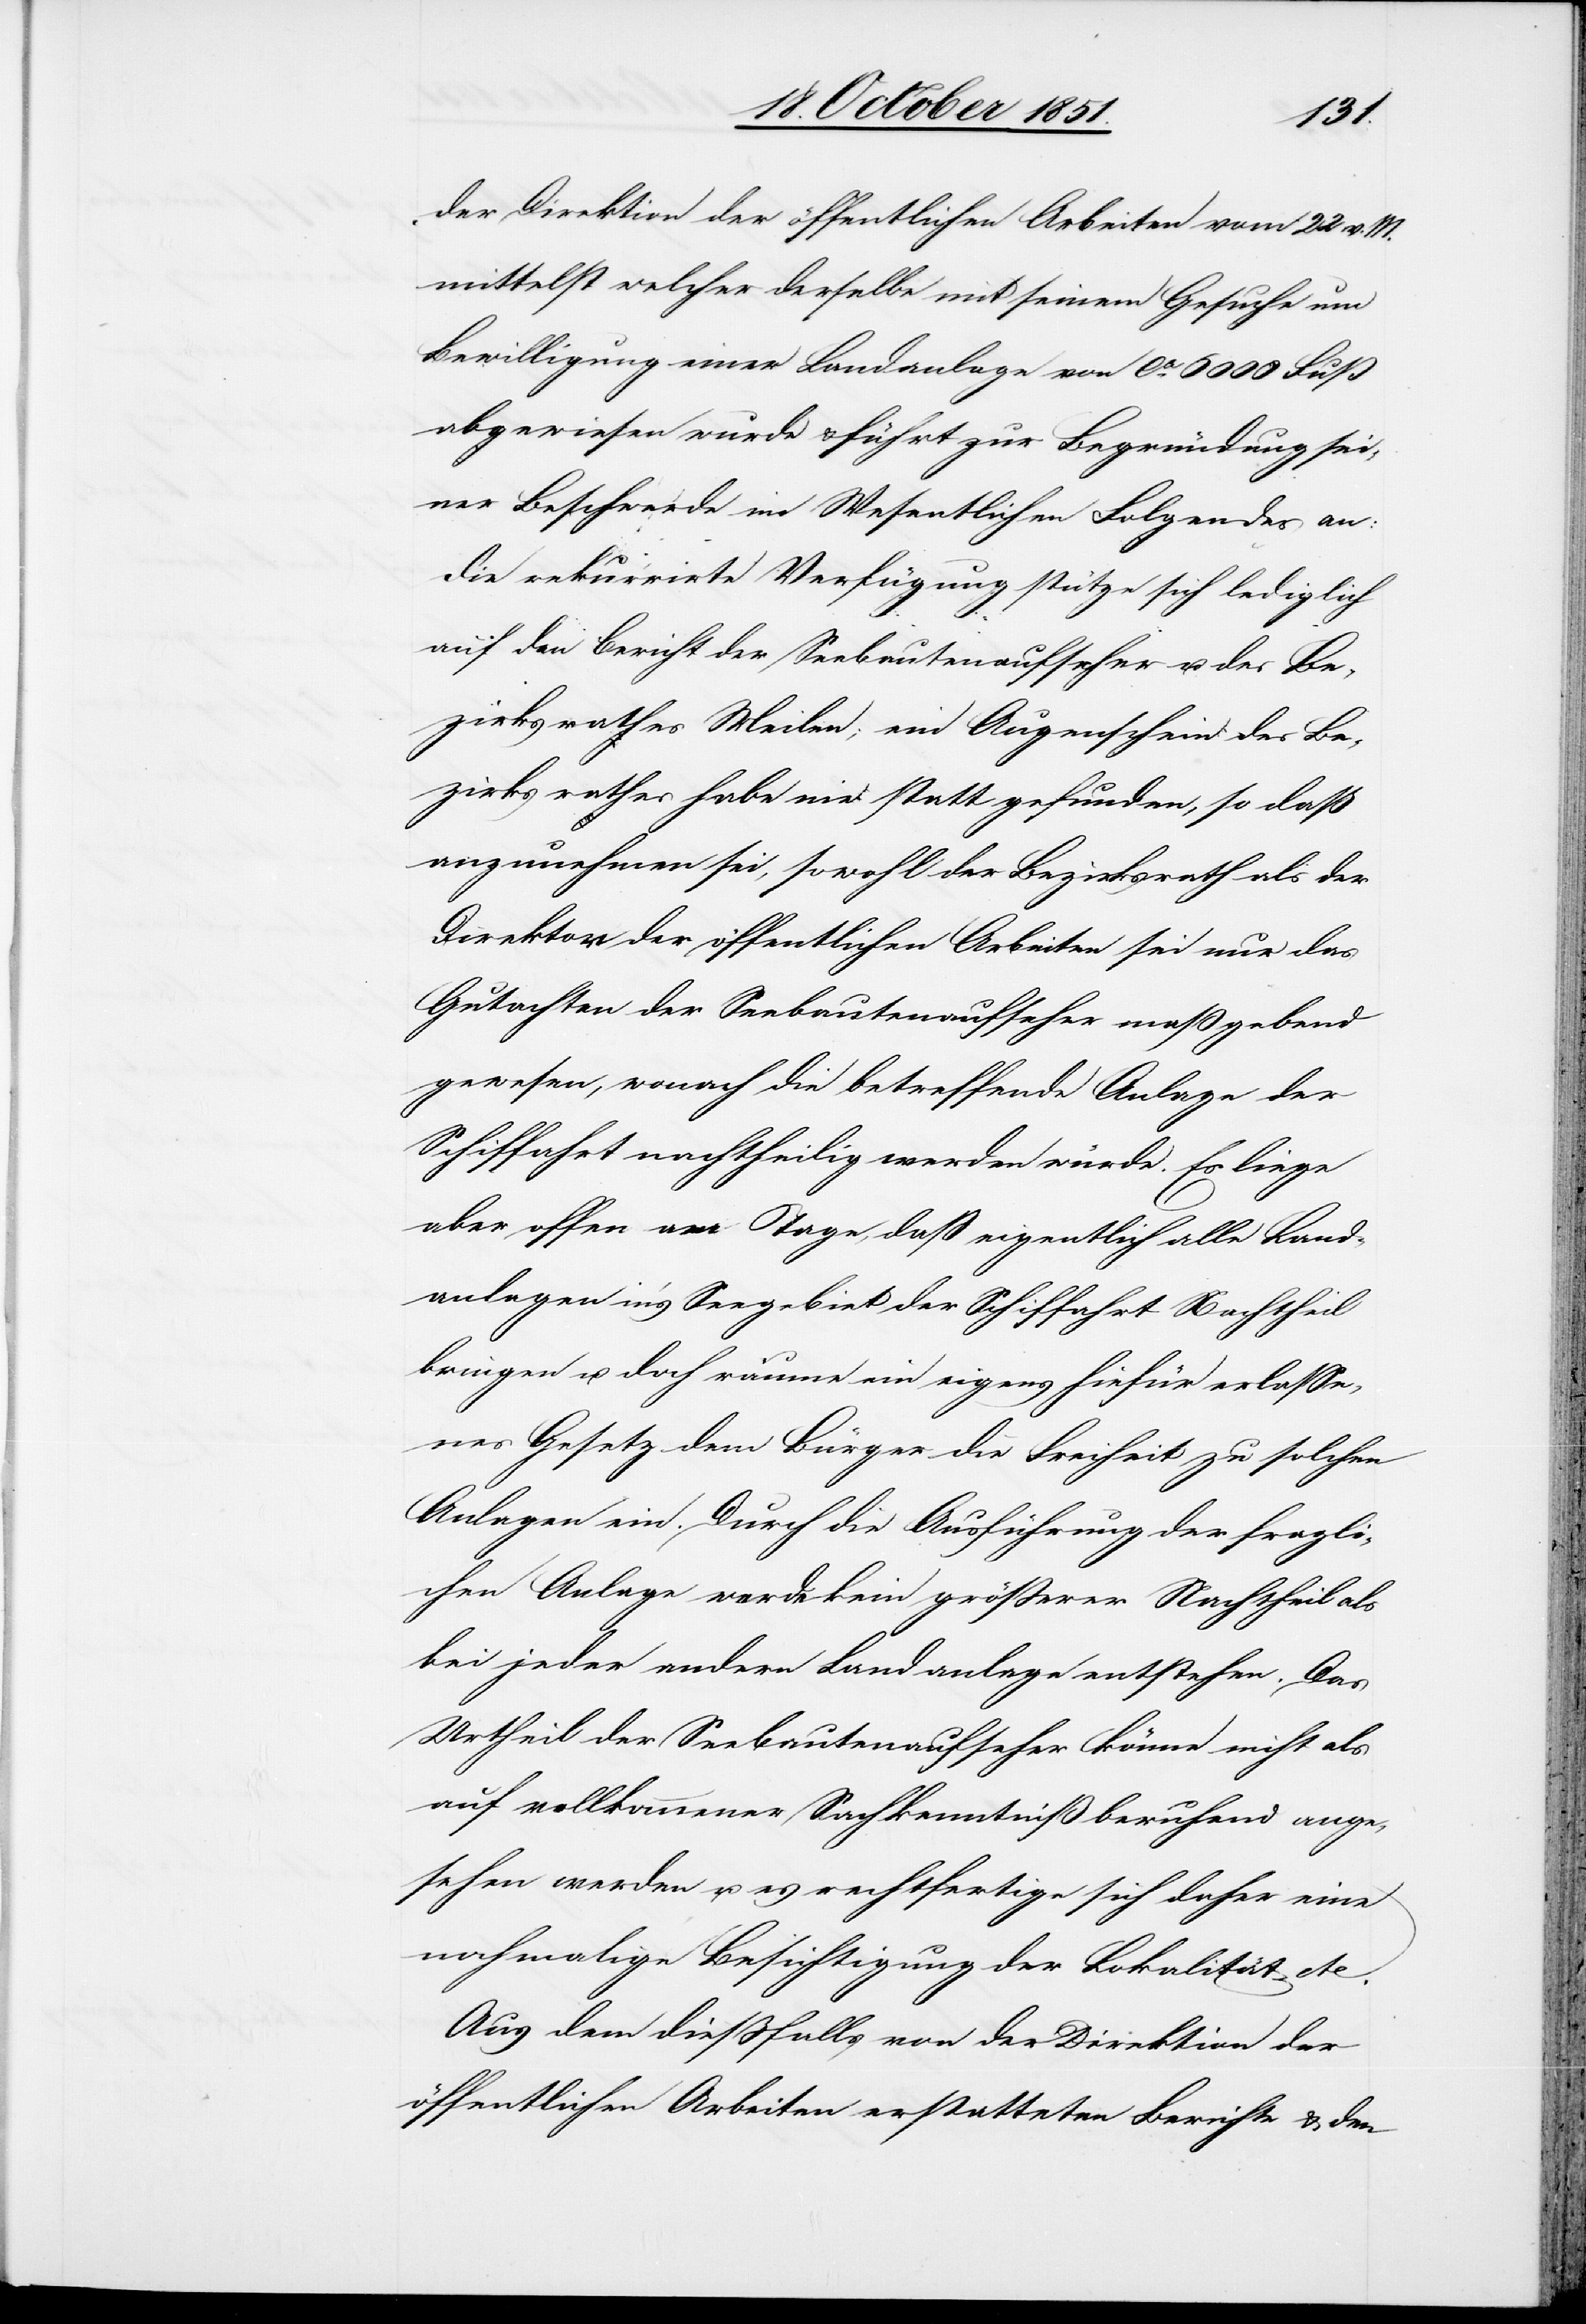
der Direktion der öffentlichen Arbeiten vom 22 v. M.
mittelst welcher derselbe mit seinem Gesuche um
Bewilligung einer Landanlage von ca. 6000 Fuß
abgewiesen wurde & führt zur Begründung sei¬
ner Beschwerde im Wesentlichen Folgendes an:
Die rekurrirte Verfügung stütze sich lediglich
auf den Bericht der Seebautenaufseher u. des Be¬
zirksrathes Meilen; ein Augenschein des Be¬
zirksrathes habe nie statt gefunden, so daß
anzunehmen sei, sowohl der Bezirksrath als der
Direktor der öffentlichen Arbeiten sei nur das
Gutachten der Seebautenaufseher maßgebend
gewesen, wonach die betreffende Anlage der
Schiffahrt nachtheilig werden würde. Es liege
aber offen am Tage, daß eigentlich alle Land¬
anlagen in’s Seegebiet der Schiffahrt Nachtheil
bringen u. doch räume ein eigens hiefür erlasse¬
nes Gesetz dem Bürger die Freiheit zu solchen
Anlagen ein. Durch die Ausführung der fragli¬
chen Anlage werde kein größerer Nachtheil als
bei jeder andern Landanlage entstehen. Das
Urtheil der Seebautenaufseher könne nicht als
auf vollkommener Sachkenntniß beruhend ange¬
sehen werden u. es rechtfertige sich daher eine
nochmalige Besichtigung der Lokalität etc.
Aus dem dießfalls von der Direktion der
öffentlichen Arbeiten erstatteten Berichte & den